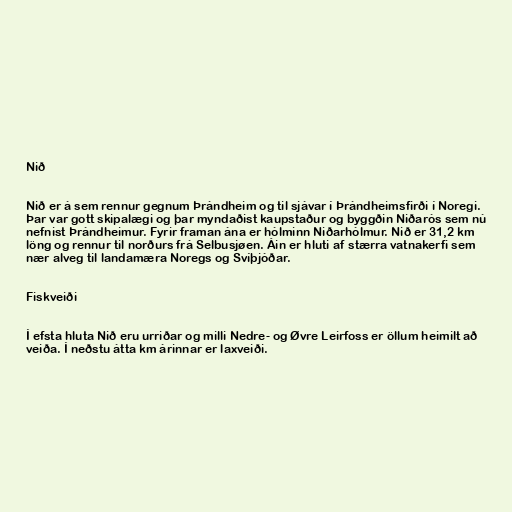
Nið

Nið er á sem rennur gegnum Þrándheim og til sjávar í Þrándheimsfirði í Noregi.
Þar var gott skipalægi og þar myndaðist kaupstaður og byggðin Niðarós sem nú
nefnist Þrándheimur. Fyrir framan ána er hólminn Niðarhólmur. Nið er 31,2 km
löng og rennur til norðurs frá Selbusjøen. Áin er hluti af stærra vatnakerfi sem
nær alveg til landamæra Noregs og Svíþjóðar.

Fiskveiði

Í efsta hluta Nið eru urriðar og milli Nedre- og Øvre Leirfoss er öllum heimilt að
veiða. Í neðstu átta km árinnar er laxveiði.